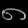
Digit: ၈